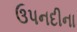
ઉપનદીના